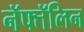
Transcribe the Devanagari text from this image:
नॅफ्तॅलिन